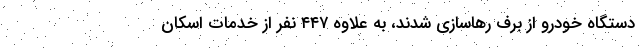
دستگاه خودرو از برف رهاسازی شدند، به علاوه ۴۴۷ نفر از خدمات اسکان